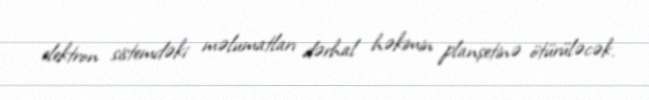
elektron sistemdəki məlumatları dərhal həkimin planşetinə ötürüləcək.